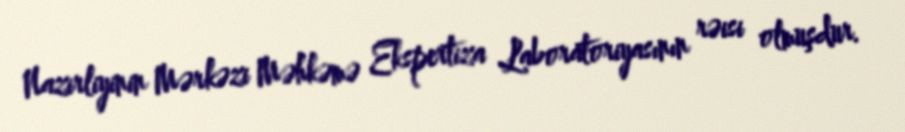
Nazirliyinin Mərkəzi Məhkəmə Ekspertiza Laboratoriyasının rəisi olmuşdur.